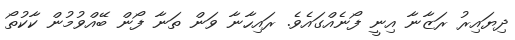
ދިޔައިރު ރަޒާނާ އިނީ ފޯނެއްގައެވެ. ރައިހާނާ ވަން ތަނާ ފޯން ބޭއްވުމުން ކާކުތޯ